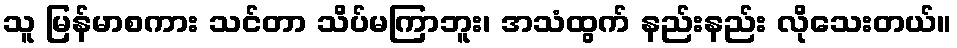
သူ မြန်မာစကား သင်တာ သိပ်မကြာဘူး၊ အသံထွက် နည်းနည်း လိုသေးတယ်။